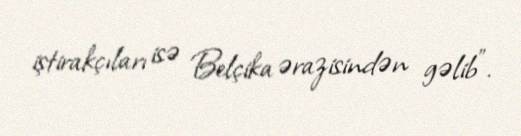
iştirakçıları isə Belçika ərazisindən gəlib”.